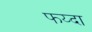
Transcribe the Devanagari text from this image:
फय्दा